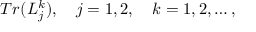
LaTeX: T r ( { \cal L } _ { j } ^ { k } ) , \quad j = 1 , 2 , \quad k = 1 , 2 , \ldots ,